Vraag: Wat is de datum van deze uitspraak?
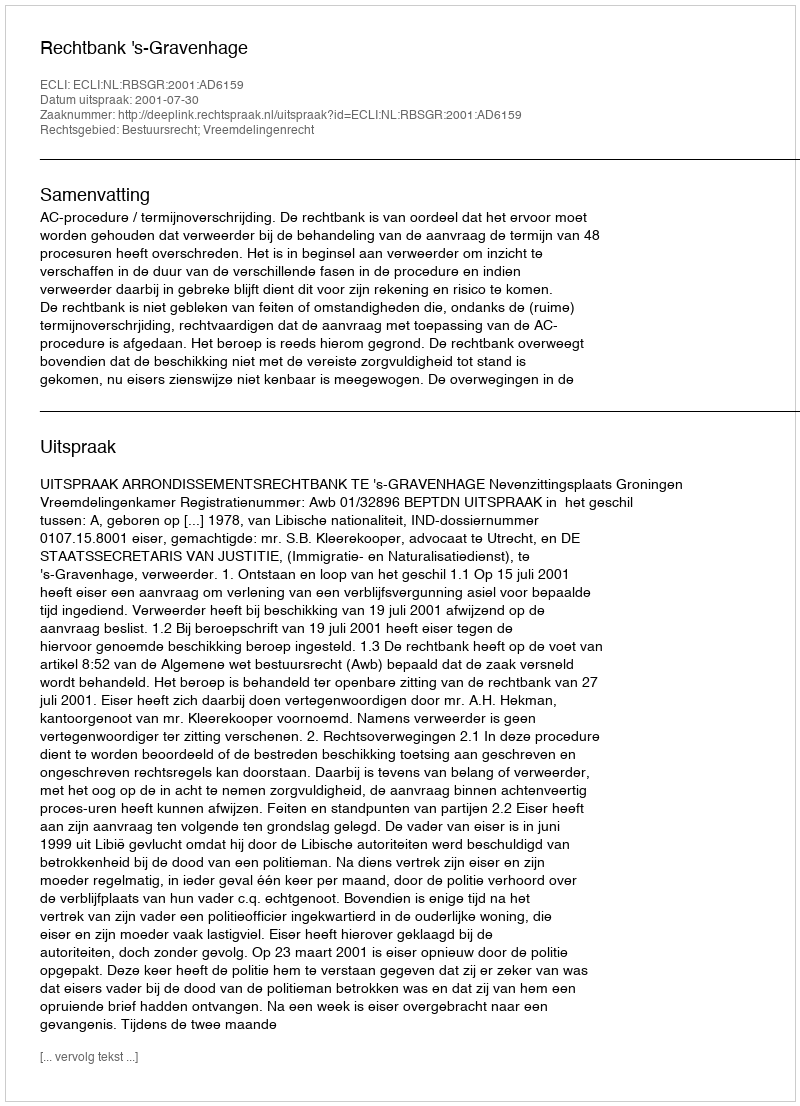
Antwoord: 2001-07-30